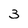
Character: 3